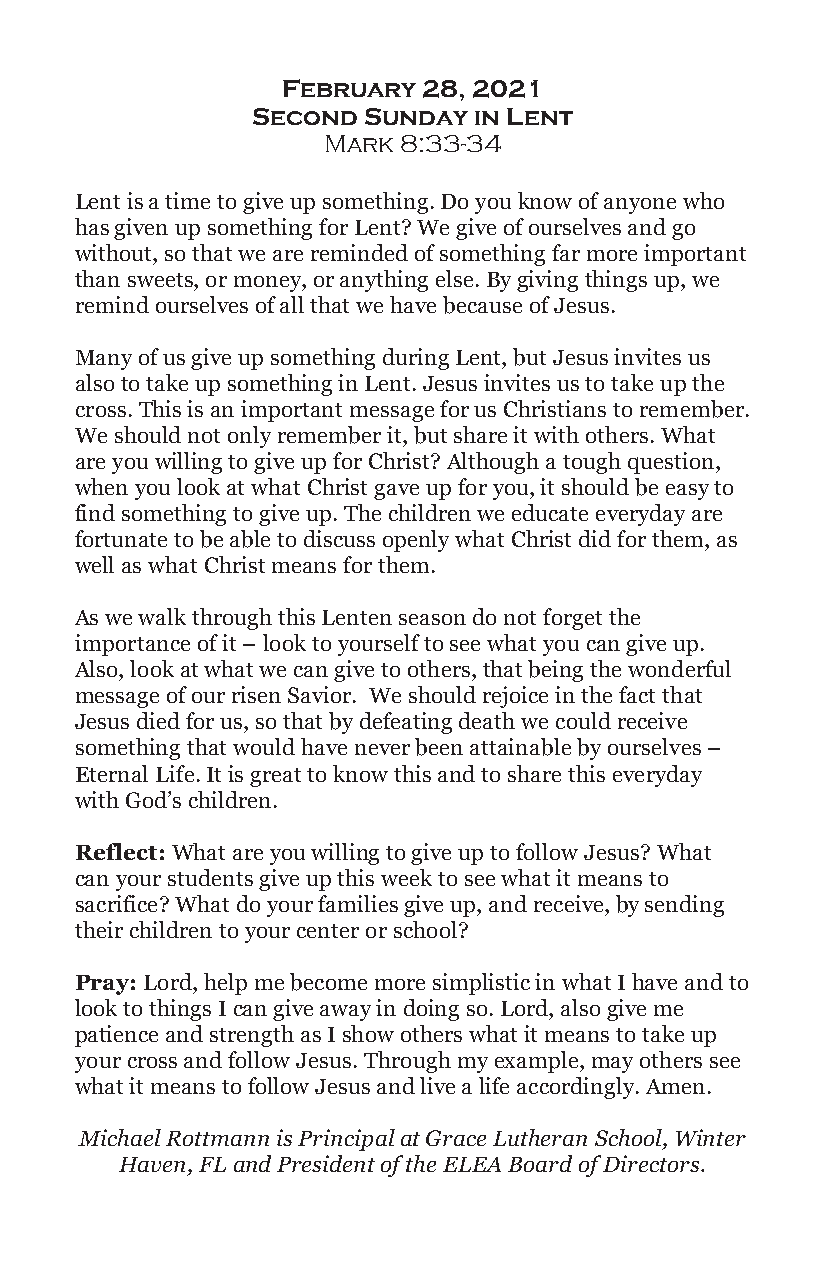
February 28, 2021
 Second Sunday in Lent
 Mark 8:33-34
 Lent is a time to give up something. Do you know of anyone who
 has given up something for Lent? We give of ourselves and go
 without, so that we are reminded of something far more important
 than sweets, or money, or anything else. By giving things up, we
 remind ourselves of all that we have because of Jesus.
 Many of us give up something during Lent, but Jesus invites us
 also to take up something in Lent. Jesus invites us to take up the
 cross. This is an important message for us Christians to remember.
 We should not only remember it, but share it with others. What
 are you willing to give up for Christ? Although a tough question,
 when you look at what Christ gave up for you, it should be easy to
 find something to give up. The children we educate everyday are
 fortunate to be able to discuss openly what Christ did for them, as
 well as what Christ means for them.
 As we walk through this Lenten season do not forget the
 importance of it – look to yourself to see what you can give up.
 Also, look at what we can give to others, that being the wonderful
 message of our risen Savior. We should rejoice in the fact that
 Jesus died for us, so that by defeating death we could receive
 something that would have never been attainable by ourselves –
 Eternal Life. It is great to know this and to share this everyday
 with God’s children.
 Reflect: What are you willing to give up to follow Jesus? What
 can your students give up this week to see what it means to
 sacrifice? What do your families give up, and receive, by sending
 their children to your center or school?
 Pray: Lord, help me become more simplistic in what I have and to
 look to things I can give away in doing so. Lord, also give me
 patience and strength as I show others what it means to take up
 your cross and follow Jesus. Through my example, may others see
 what it means to follow Jesus and live a life accordingly. Amen.
 Michael Rottmann is Principal at Grace Lutheran School, Winter
 Haven, FL and President of the ELEA Board of Directors.